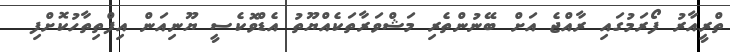
ތްރީއާރު ފޯރަމުގައި ރާއްޖެ އަށް ބޭނުންތެރި މަޝްވަރާތަކެއްޔޫތު އެޑްވޮކެސީ ޔޫނިއަން އިފްތިތާހުކޮށްފި